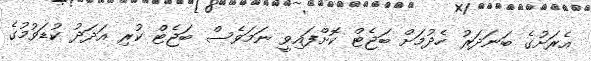
އެރަށުގެ ބަނަދަރު ހެދުމަށް ބަޖެޓް ކޮށްފައިވީ ނަމަވެސް ބަޖެޓް ކުރި އަދަދު ކުޑަވުމުގެ